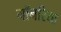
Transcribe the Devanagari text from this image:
गॉनरिया